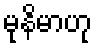
မုနိမာဟု